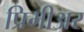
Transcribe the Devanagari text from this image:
प्रिमीअर